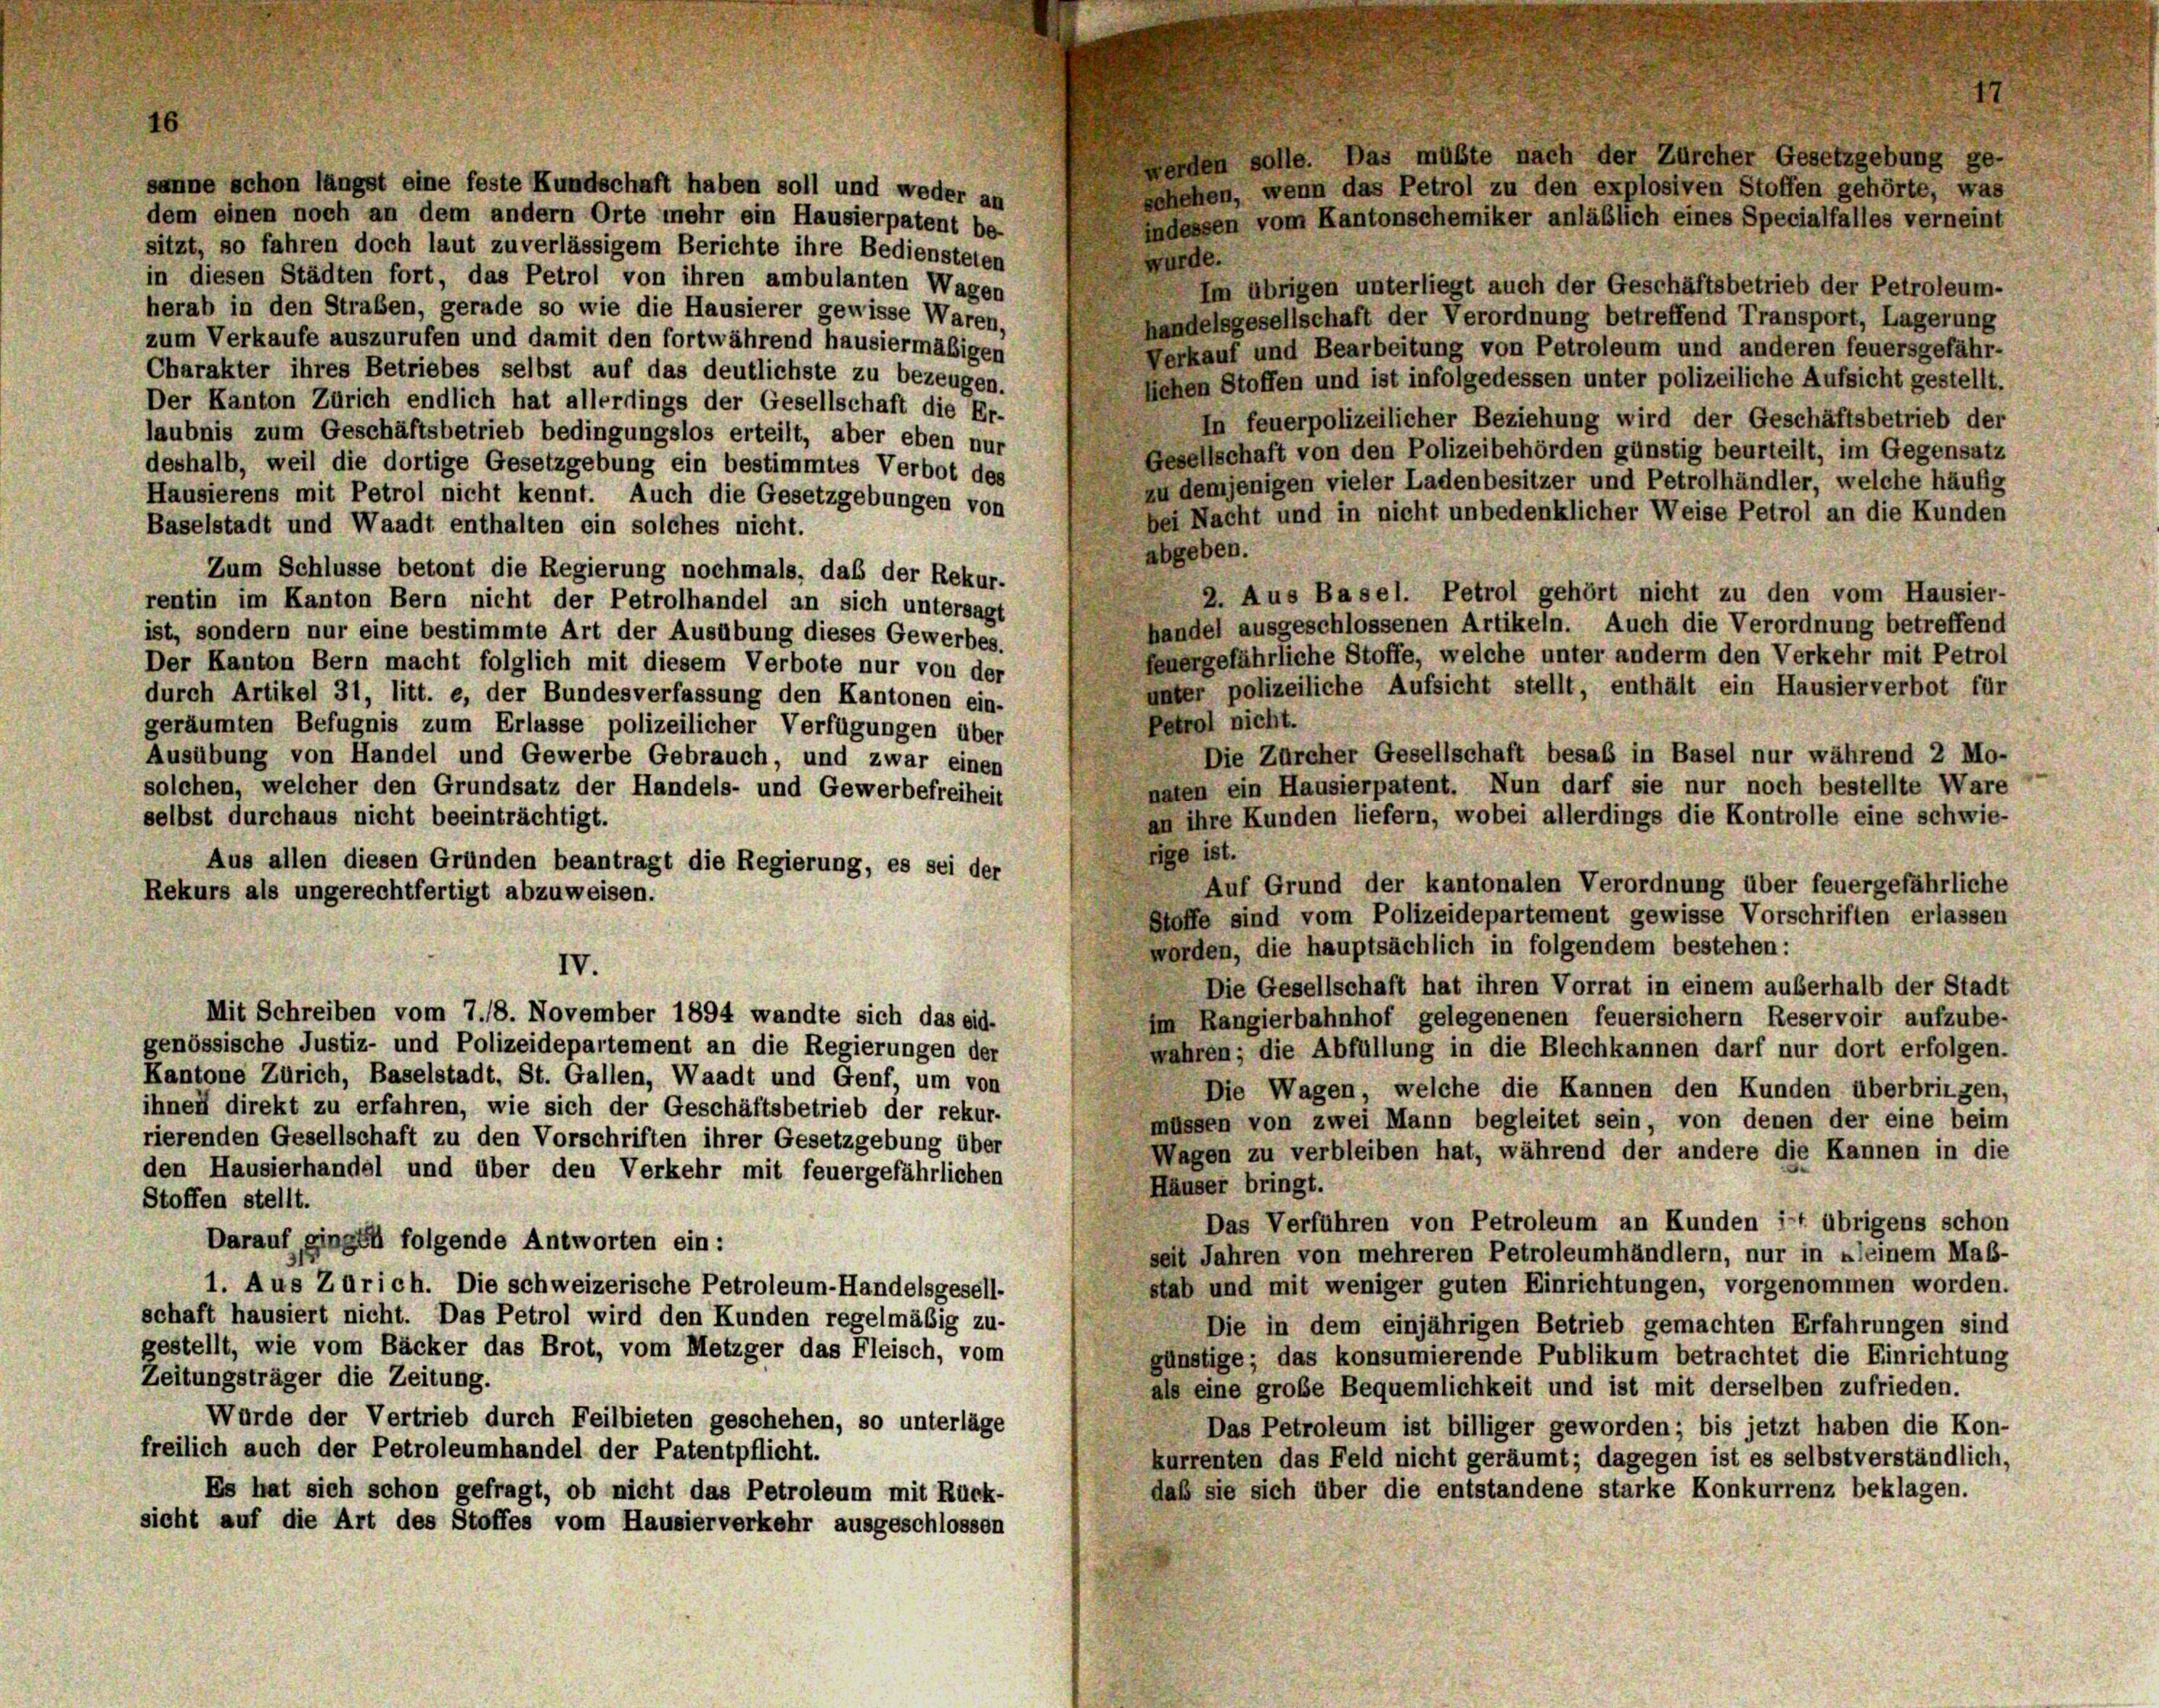
sanne schon längst eine feste Kundschaft haben soll und weder an
dem einen noch an dem andern Orte mehr ein Hausierpatent be-
sitzt, so fahren doch laut zuverlässigem Berichte ihre Bediensteten
wurde.
in diesen Städten fort, das Petrol von ihren ambulanten Wagen
Im übrigen unterliegt auch der Geschäftsbetrieb der Petroleum-
herab in den Straben, gerade so wie die Hausierer gewisse Waren,
handelsgesellschaft der Verordnung betreffend Transport, Lagerung
zum Verkaufe auszurufen und damit den fortwährend hausiermäßigen
Verkauf und Bearbeitung von Petroleum und anderen feuersgefähr-
Charakter ihres Betriebes selbst auf das deutlichste zu bezeugen.
Hiehen Stoffen und ist infolgedessen unter polizeiliche Aufsicht gestellt.
Der Kanton Zürich endlich hat allerdings der Gesellschaft die Er-
In feuerpolizeilicher Beziehung wird der Geschäftsbetrieb der
laubnis zum Geschäftsbetrieb bedingungslos erteilt, aber eben nur
Gesellschaft von den Polizeibehörden günstig beurteilt, im Gegensatz
deshalb, weil die dortige Gesetzgebung ein bestimmtes Verbot des
zu demjenigen vieler Ladenbesitzer und Petrolhändler, welche häufig
Hausierens mit Petrol nicht kennt. Auch die Gesetzgebungen von
bei Nacht und in nicht unbedenklicher Weise Petrol an die Kunden
Baselstadt und Waadt enthalten ein solches nicht.
abgeben.
Zum Schlüsse betont die Regierung nochmals, das der Rekur-
2. Aus Basel. Petrol gehört nicht zu den vom Hausier-
rentin im Kanton Bern nicht der Petrolhandel an sich untersagt
handel ausgeschlossenen Artikeln. Auch die Verordnung betreffend
ist, sondern nur eine bestimmte Art der Ausübung dieses Gewerbes.
feuergefährliche Stoffe, welche unter anderm den Verkehr mit Petrol
Der Kanton Bern macht folglich mit diesem Verbote nur von der
unter polizeiliche Aufsicht stellt, enthält ein Hausierverbot für
durch Artikel 31, litt. e, der Bundesverfassung den Kantonen ein-
Petrol nicht.
geräumten Befugnis zum Erlasse polizeilicher Verfügungen über
Die Zürcher Gesellschaft besab in Basel nur während 2 Mo-
Ausübung von Handel und Gewerbe Gebrauch, und zwar einen
naten ein Hausierpatent. Nun darf sie nur noch bestellte Ware
solchen, welcher den Grundsatz der Handels- und Gewerbefreiheit
an ihre Kunden liefern, wobei allerdings die Kontrolle eine schwie-
selbst durchaus nicht beeinträchtigt.
rige ist.
Aus allen diesen Gründen beantragt die Regierung, es sei der
Auf Grund der kantonalen Verordnung über feuergefährliche
Rekurs als ungerechtfertigt abzuweisen.
Stoffe sind vom Polizeidepartement gewisse Vorschriften erlassen
worden, die hauptsächlich in folgendem bestehen:
IV.
Die Gesellschaft hat ihren Vorrat in einem außerhalb der Stadt
Mit Schreiben vom 7./18. November 1894 wandte sich das eid-
im Rangierbahnhof gelegenenen feuersicher Reservoir aufzube-
genössische Justiz- und Polizeidepartement an die Regierungen der
wahren; die Abfüllung in die Blechkannen darf nur dort erfolgen.
Kantone Zürich, Baselstadt, St. Gallen, Waadt und Genf, um von
Die Wagen, welche die Kannen den Kunden überbringen,
ihnen direkt zu erfahren, wie sich der Geschäftsbetrieb der rekur-
müssen von zwei Mann begleitet sein, von denen der eine beim
rierenden Gesellschaft zu den Vorschriften ihrer Gesetzgebung über
Wagen zu verbleiben hat, während der andere die Kannen in die
den Hausierhandel und über den Verkehr mit feuergefährlichen
Häuser bringt.
Stoffen stellt.
Das Verführen von Petroleum an Kunden ist übrigens schon
Darauf gingen folgende Antworten ein:
seit Jahren von mehreren Petroleumhändlern, nur in »leinem Maß-
stab und mit weniger guten Einrichtungen, vorgenommen worden.
1. Aus Zürich. Die schweizerische Petroleum-Handelsgesell-
schaft hausiert nicht. Das Petrol wird den Kunden regelmäßig zu-
Die in dem einjährigen Betrieb gemachten Erfahrungen sind
gestellt, wie vom Bäcker das Brot, vom Metzger das Fleisch, vom
günstige; das konsumierende Publikum betrachtet die Einrichtung
Zeitungsträger die Zeitung.
als eine große Bequemlichkeit und ist mit derselben zufrieden.
Wurde der Vertrieb durch Feilbieten geschehen, so unterläge
Das Petroleum ist billiger geworden; bis jetzt haben die Kon-
freilich auch der Petroleumhandel der Patentpflicht.
kurrenten das Feld nicht geräumt; dagegen ist es selbstverständlich,
daß sie sich über die entstandene starke Konkurrenz beklagen.
Es hat sich schon gefragt, ob nicht das Petroleum mit Rück-
sicht auf die Art des Stoffes vom Hausierverkehr ausgeschlossen

lle. Das müßte nach der Zürcher Gesetzgebung ge-
schehen, wenn das Petrol zu den explosiven Stoffen gehörte, was
indessen vom Kantonschemiker anläßlich eines Specialfalles verneint